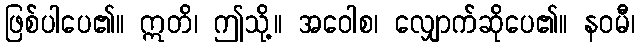
ဖြစ်ပါပေ၏။ ဣတိ၊ ဤသို့။ အဝေါစ၊ လျှောက်ဆိုပေ၏။ နဝမီ၊